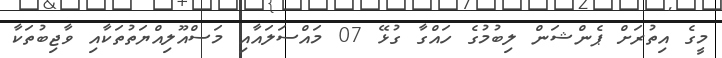
މީގެ އިތުރަށް ޕެންޝަން ލިބުމުގެ ހައްގާ ގުޅޭ 07 މައްސަލައާއި މަސްއޫލިއްޔަތުތަކާއި ވާޖިބުތަކާ